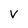
Character: v